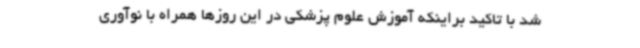
شد با تاکید براینکه آموزش علوم پزشکی در این روزها همراه با نوآوری